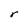
Character: r